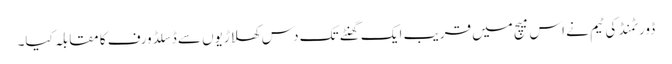
ڈورٹمنڈ کی ٹیم نے اس میچ میں قریب ایک گھنٹے تک دس کھلاڑیوں سے ڈسلڈورف کا مقابلہ کیا۔